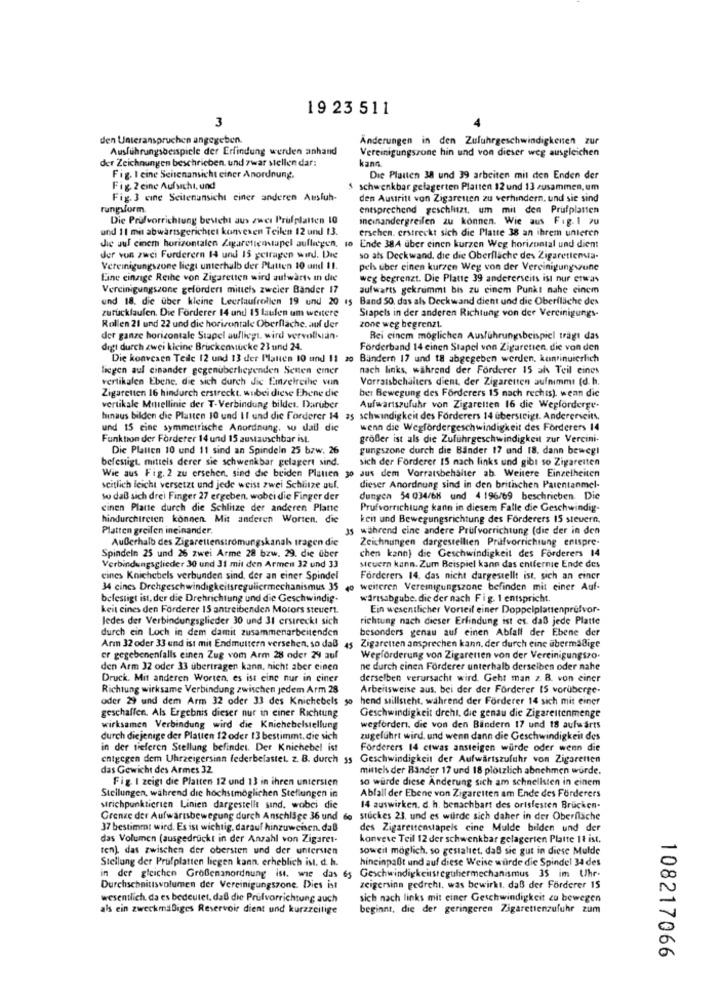
19 23 511
3
den Unteranspruchen angegeben.
Änderungen in den Zufuhrgeschwindigkeiten zur
Ausführungsbeispiele der Erfindung werden anhand
Vereinigungszone hin und von dieser weg ausgleichen
der Zeichnungen beschrieben, und zwar stellen dar:
kann
Fig. I eine Seitenansicht einer Anordnung.
Die Platten 38 und 39 arbeiten mit den Enden der
Fig. 2 cine Aufsicht, und
5 schwenkbar gelagerten Platten 12 und 13 zusammen, um
Fig. 3 cine Seitenansicht ciner anderen Ausluh-
den Austritt von Zigaretten zu verhindern, und sie sind
rungsform.
entsprechend geschlitzt, um mit den Prufplatten
Die Profvorrichtung besicht aus zwei Prufplatten 10
ineinandergreifen zu können. Wie aus Fig. 1 70
und 11 mit abwärtsgerichtet konvexen Teilen 12 und 13.
erschen. erstreckt sich die Platte 38 an ihrem unteren
die Jul cinem horizontalen Zigarettenstapel aufliegen, to Ende 384 aber einen kurzen Weg horizontal und dient
der von zwei Fordereen 14 und 15 getragen wird. Die
so ats Deckwand, die die Oberfläche des Zigarettensia-
Vereinigungszone liegt unterhalb der PLitten 10 und 11.
pels uber einen kurzen Weg von der Vereinigungsune
Eine einzige Reihe von Zigaretten wird aufwärts in die
weg begrenzt. Die Platte 39 andererseits ist nur etwas
Vereinigungszone gefordert mittels zweier Bander 17
aufwarts gekrummt bis zu einem Punkt nahe einem
und 18. die über kleine Leerlaufrollen 19 und 20 15 Band 50. das als Deckwand dient und die Oberfläche des
zurucklaufen. Die Förderer 14 und 15 laufen um weitere
Stapels in der anderen Richtung von der Vereinigungs-
Rollen 21 und 22 und die horizontale Oberfläche, auf der
zone weg begrenzt.
der ganze horizontale Stapel aulliegt, wird vervollvan-
Rei cinem möglichen Ausführungsbeispiel tragt das
digi durch zwei kleine Bruckenstücke 23 und 24.
Förderband 14 einen Stapel von Zigaretten, die von den
Die konvexen Teile 12 und 13 der Platten 10 und 11 20 Bändern 17 und t8 abgegeben werden, kontinuierlich
liegen aul einander gegenüberliegenden Senten emner
nach links, während der Forderer 15 ah Teil eines
vertikalen Ebene. die sich durch die Einzelreihe win
Vorratsbehälters dient, der Zigaretten aufnimmt (d. h.
Zigaretten 16 hindurch erstreckt. wubei diese Ehene die
bet Bewegung des Förderers 15 nach rechis). wean die
vertikale Mittellinie der T-Verbindung bildet. Darüber
Aufwartszufuhr von Zigaretten 16 die Wegforderge-
hinaus bilden die Platten 10 und II und die Forderer 14 as schwindigkeit des Forderers 14 übersteigt. Andererseits,
und 15 eine symmetrische Anordnung. su dall dic
wenn die Wegfordergeschwindigkeit des Forderers 14
Funktion der Fordeter 14 und 15 austauschbar ist.
großer ist als die Zufuhrgeschwindigkeit zur Vercini-
Die Platten 10 und 11 sind an Spindeln 25 bzw. 26
gungszone durch die Bander 17 and 18. dann beweg!
befestigt, mittels derer sie schwenkbar gelagert sind.
sich der Forderer 15 nach links und gibt so Zigaretten
Wie aus Fig. 2 zu ersehen, sind die beiden Platten go aus dem Vorratsbehälter ab Weitere Einzelheiten
scitlich leicht versetzt und jede weist zwei Schlitze auf.
dieser Anordnung sind in den britischen Parentanmel-
so daß sich drei Finger 27 ergeben, wobei die Finger der
dungen 54 034/68 und 4 196/69 beschrieben. Die
cinen Platte durch die Schlitze der anderen Plane
Prufvorrichtung kann in diesem Falle die Geschwindig-
hindurchircten können. Mit anderen Worten. die
keit und Bewegungsrichtung des Forderers IS steuern,
Platten greifen ineinander.
s während eine andere Prufvorrichtung (die der in den
AuDerhalb des Zigarettenstromungskanal tragen die
Zeichnungen dargestellten Prüfvorrichtung enispre-
chen kann) die Geschwindigkeit des Forderers 14
Spindeln 25 und 26 zwei Arme 28 bzw. 29. die über
Verbindungsglieder 30 und 31 mit den Armen 32 und 33
steuern kann. Zum Beispiel kann das entferne Ende des
cines Knichebels verbunden sind, der an einer Spindel
Forderers 14. das nicht dargestellt ist, sich an einer
34 cines Drehgeschwindigkeitsreguliermechanismus 35 40 weiteren Vereinigungszone befinden mit einer Auf-
befestigt ist, der die Drehrichtung und die Geschwindig-
wirtsabgabe. die der nach Fig. 1 entspricht.
keit eines den Forderer 15 antreibenden Motors steuert.
Ein wesentlicher Vorteil einer Doppelplattenprufvor-
Jedes der Verbindungsglieder 30 und 31 erstreckt sich
richtung nach dieser Erfindung ist es. daß jede Platte
durch ein Loch in dem damit zusammenarbeitenden
besonders genau auf einen Abfall der Ebene der
Arm 32 oder 33 und ist mit Endmuttern versehen, so daß 45
Zigaretten ansprechen kann, der durch eine übermäßige
er gegebenenfalls einen Zug vom Arm 28 oder 29 auf
Wegforderung von Zigaretten von der Vereinigungszo.
den Arm 32 oder 33 übertragen kann, nicht aber einen
ne durch cinen Forderer unterhalb derselben oder nahe
Druck. Mit anderen Worten, es ist eine nur in einer
derselben verursacht wird. Geht man z. B. von einer
Richtung wirksame Verbindung zwischen jedem Arm 28
Arbeitsweise aus, bei der der Forderer 15 vorüberge-
oder 29 und dem Arm 32 oder 33 des Knichebels so hend stillsteht, während der Forderer 14 sich mit einer
geschaffen. Als Ergebnis dieser nur in ciner Richtung
Geschwindigkeit dreht, die genau die Zigarettenmenge
wirksamen Verbindung wird die Knichebelstellung
wegfordert. die von den Bändern 17 und 18 aufwärts
durch diejenige der Platten 12 oder 13 bestimmt. die sich
zugeführt wird, und wenn dann die Geschwindigkeit des
in der tieferen Stellung befindet. Der Knichebel ist
Forderers 14 etwas ansteigen würde oder wenn die
entgegen dem Uhrzeigersinn federbelastet. z. B. durch ss Geschwindigkeit der Aufwärtszufuhr von Zigaretten
das Gewicht des Armes 32
mittels der Bander 17 und 18 plotzlich abnehmen wurde.
Fig I zeigt die Platten 12 und 13 in ihren untersten
so wurde diese Anderung sich am schnellsten in einem
Abfall der Ebene von Zigaretten am Ende des Förderers
Stellungen, während die höchstmöglichen Stellungen in
strichpunkticrien Linien dargestellt sind. wobei die
14 auswirken. d. h. benachbart des orisfesten Brucken-
Grenze der Aufwarisbewegung durch Anschläge 36 und de stuckes 23, und es wurde sich daher in der Oberfläche
37 bestimmt wird. Es ist wichtig. darauf hinzuweisen. daß
des Zigarettenstapels cine Mulde bilden und der
das Volumen (ausgedrückt in der Anzahl von Zigares-
konvere Teil 12 der schwenkbar gelagerten Platte 11 ist.
ten), das zwischen der obersten und der untersien
soweit möglich, so gestaltet, daß sie gut in diese Mulde
Stellung der Prüfplatten liegen kann, erheblich ist. d. h.
hineinpaßt und auf diese Weise wurde die Spindel 34 des
in der gleichen GroBenanordnung ist. wie das 65 Geschwindigkeitsreguliermechanismus 35 im Uhr-
Durchschnittsvolumen der Vereinigungszone. Dies ist
zeigersinn gedreht, was bewirkt, daß der Förderer 15
wesentlich. da es bedeutet, daß die Prulvorrichtung auch
sich nach links mit einer Geschwindigkeit zu bewegen
als ein zweckmäßiges Reservoir dient und kurzzeitige
beginnt, die der geringeren Zigarettenzufuhr zum
108217066